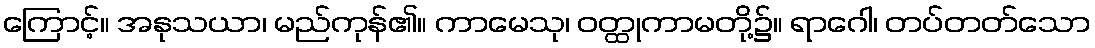
ကြောင့်။ အနုသယာ၊ မည်ကုန်၏။ ကာမေသု၊ ဝတ္ထုကာမတို့၌။ ရာဂေါ၊ တပ်တတ်သော